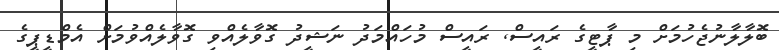
ބޮލާލާނުޖެހުމަށް މި ޕާޓީގެ ރައީސް